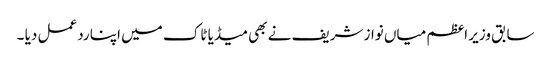
سابق وزیر اعظم میاں نواز شریف نے بھی میڈیا ٹاک میں اپنا ردعمل دیا ۔